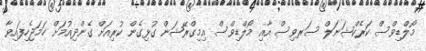
މޯލްޑިވްސް ކަރެކްޝަނަލް ސަރވިސް އާއި މޯލްޑިވްސް އިމިގްރޭޝަން ގުޅިގެން ކުރިއަށް ގެންދިއުމަށް ހަމަޖެހިފައިވާ